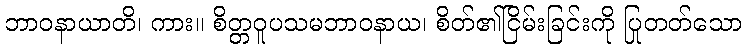
ဘာဝနာယာတိ၊ ကား။ စိတ္တဝူပသမဘာဝနာယ၊ စိတ်၏ငြိမ်းခြင်းကို ပြုတတ်သော